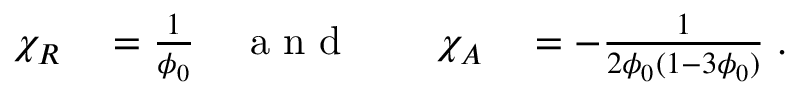
\begin{array} { r l r l r l } { \chi _ { R } } & { { } = \frac { 1 } { \phi _ { 0 } } } & { \mathrm { ~ a ~ n ~ d ~ } } & { { } } & { \chi _ { A } } & { { } = - \frac { 1 } { 2 \phi _ { 0 } ( 1 - 3 \phi _ { 0 } ) } \; . } \end{array}